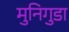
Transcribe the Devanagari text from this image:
मुनिगुडा